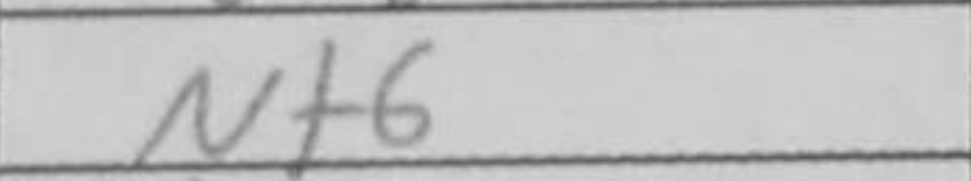
Transcription: Nf6